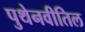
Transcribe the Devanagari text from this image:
पुथेनवीतिल